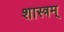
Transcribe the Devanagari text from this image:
शास्त्रम्